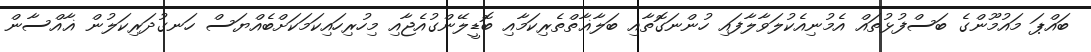
ބައްޕަ މައުމޫންގެ ބަސްފުޅުތައް އެމުނިއެކުލަވާލާފައި ހުންނަގޮތާއި ބަލާޣާތްތެރިކަމާއި ބޮޑީލޭންގުއެޖާއި މިހުރިހައިކަމަކަށްބެއްޔަސް ހަނގުދަރިކަލުން ޣާއްސާން